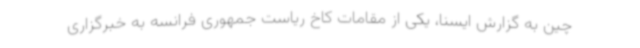
چین به گزارش ایسنا، یکی از مقامات کاخ ریاست جمهوری فرانسه به خبرگزاری